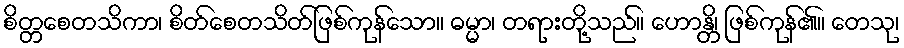
စိတ္တစေတသိကာ၊ စိတ်စေတသိတ်ဖြစ်ကုန်သော။ ဓမ္မာ၊ တရားတို့သည်။ ဟောန္တိ၊ ဖြစ်ကုန်၏။ တေသု၊